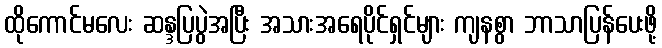
ထိုကောင်မလေး ဆန္ဒပြပွဲအပြီး အသားအရေပိုင်ရှင်များ ကျနစွာ ဘာသာပြန်ပေးဖို့